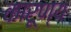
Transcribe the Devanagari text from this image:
कारूण्य